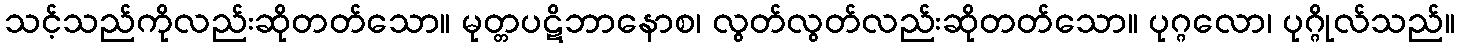
သင့်သည်ကိုလည်းဆိုတတ်သော။ မုတ္တပဋိဘာနောစ၊ လွတ်လွတ်လည်းဆိုတတ်သော။ ပုဂ္ဂလော၊ ပုဂ္ဂိုလ်သည်။